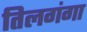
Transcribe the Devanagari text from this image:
तिलगंगा